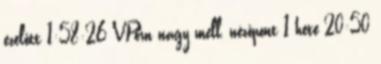
ezelőtt 1:58:26 VPorn nagy mell, nézőpont 1 hete 20:50